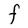
Character: F